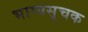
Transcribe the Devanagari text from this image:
भाग्यसूचक